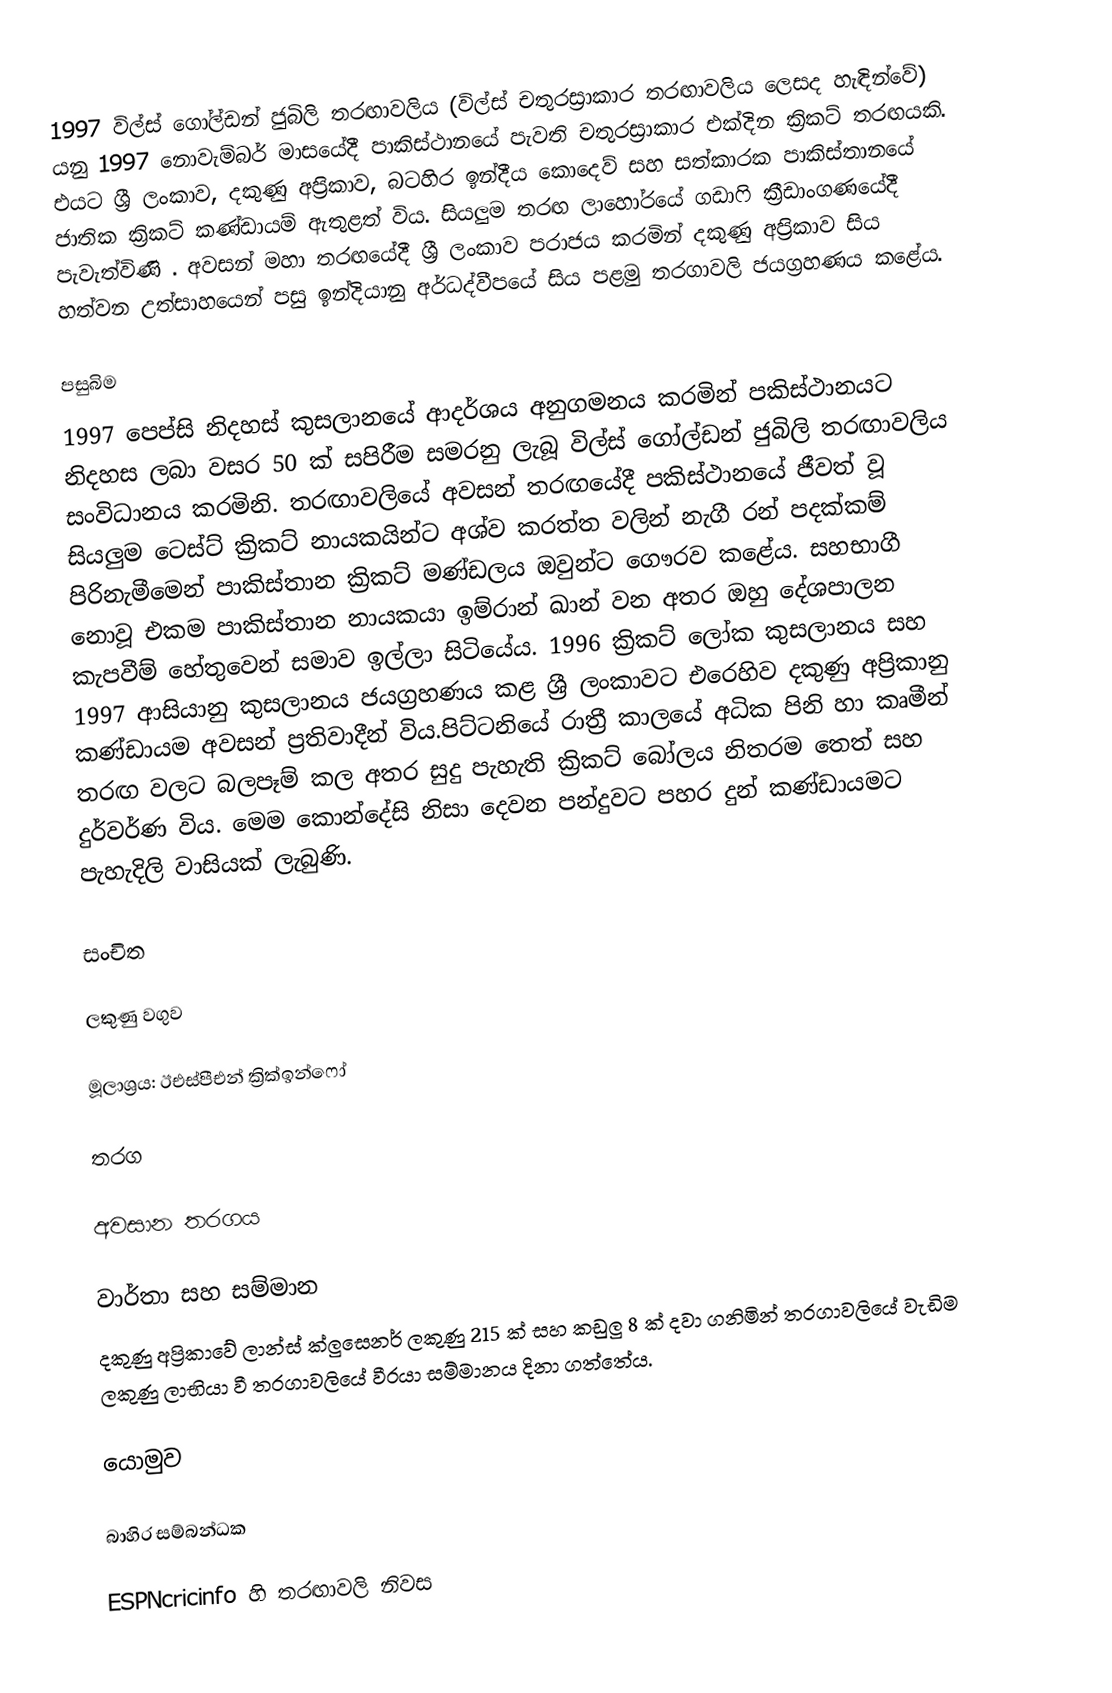
1997 විල්ස් ගෝල්ඩන් ජුබිලි තරඟාවලිය (විල්ස් චතුරස්‍රාකාර තරඟාවලිය ලෙසද හැඳින්වේ) යනු 1997 නොවැම්බර් මාසයේදී පාකිස්ථානයේ පැවති චතුරස්‍රාකාර එක්දින ක්‍රිකට් තරඟයකි.  එයට ශ්‍රී ලංකාව, දකුණු අප්‍රිකාව, බටහිර ඉන්දීය කොදෙව් සහ සත්කාරක පාකිස්තානයේ ජාතික ක්‍රිකට් කණ්ඩායම් ඇතුළත් විය. සියලුම තරඟ ලාහෝරයේ ගඩාෆි ක්‍රීඩාංගණයේදී පැවැත්විණි . අවසන් මහා තරඟයේදී ශ්‍රී ලංකාව පරාජය කරමින් දකුණු අප්‍රිකාව සිය හත්වන උත්සාහයෙන් පසු ඉන්දියානු අර්ධද්වීපයේ සිය පළමු තරගාවලි ජයග්‍රහණය කළේය.

පසුබිම
1997 පෙප්සි නිදහස් කුසලානයේ ආදර්ශය අනුගමනය කරමින් පකිස්ථානයට නිදහස ලබා වසර 50 ක් සපිරීම සමරනු ලැබූ විල්ස් ගෝල්ඩන් ජුබිලි තරඟාවලිය සංවිධානය කරමිනි. තරඟාවලියේ අවසන් තරඟයේදී පකිස්ථානයේ ජීවත් වූ සියලුම ටෙස්ට් ක්‍රිකට් නායකයින්ට අශ්ව කරත්ත වලින් නැගී රන් පදක්කම් පිරිනැමීමෙන් පාකිස්තාන ක්‍රිකට් මණ්ඩලය ඔවුන්ට ගෞරව කළේය.  සහභාගී නොවූ එකම පාකිස්තාන නායකයා ඉම්රාන් ඛාන් වන අතර ඔහු දේශපාලන කැපවීම් හේතුවෙන් සමාව ඉල්ලා සිටියේය.  1996 ක්‍රිකට් ලෝක කුසලානය සහ 1997 ආසියානු කුසලානය ජයග්‍රහණය කළ ශ්‍රී ලංකාවට එරෙහිව දකුණු අප්‍රිකානු කණ්ඩායම අවසන් ප්‍රතිවාදීන් විය.පිට්ටනියේ රාත්‍රී කාලයේ අධික පිනි හා කෘමීන් තරඟ වලට බලපෑම් කල අතර සුදු පැහැති ක්‍රිකට් බෝලය නිතරම තෙත් සහ දුර්වර්ණ විය. මෙම කොන්දේසි නිසා දෙවන පන්දුවට පහර දුන් කණ්ඩායමට පැහැදිලි වාසියක් ලැබුණි.

සංචිත

ලකුණු වගුව

මූලාශ්‍රය: ඊඑස්පීඑන් ක්‍රික්ඉන්ෆෝ

තරග

අවසාන තරගය

වාර්තා සහ සම්මාන
දකුණු අප්‍රිකාවේ ලාන්ස් ක්ලුසෙනර් ලකුණු 215 ක් සහ කඩුලු 8 ක් දවා ගනිමින් තරගාවලියේ වැඩිම ලකුණු ලාභියා වී තරගාවලියේ වීරයා සම්මානය දිනා ගත්තේය.

යොමුව

බාහිර සම්බන්ධක

 ESPNcricinfo හි තරඟාවලි නිවස